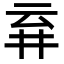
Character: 𬼾